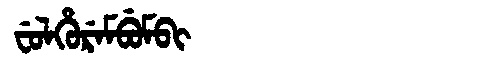
Manchu: ᠸᡠᠯᡥᡠᡵᡝᠮᠪᡠᠮᠪᡳ
Romanization: FULHUREMBUMBI